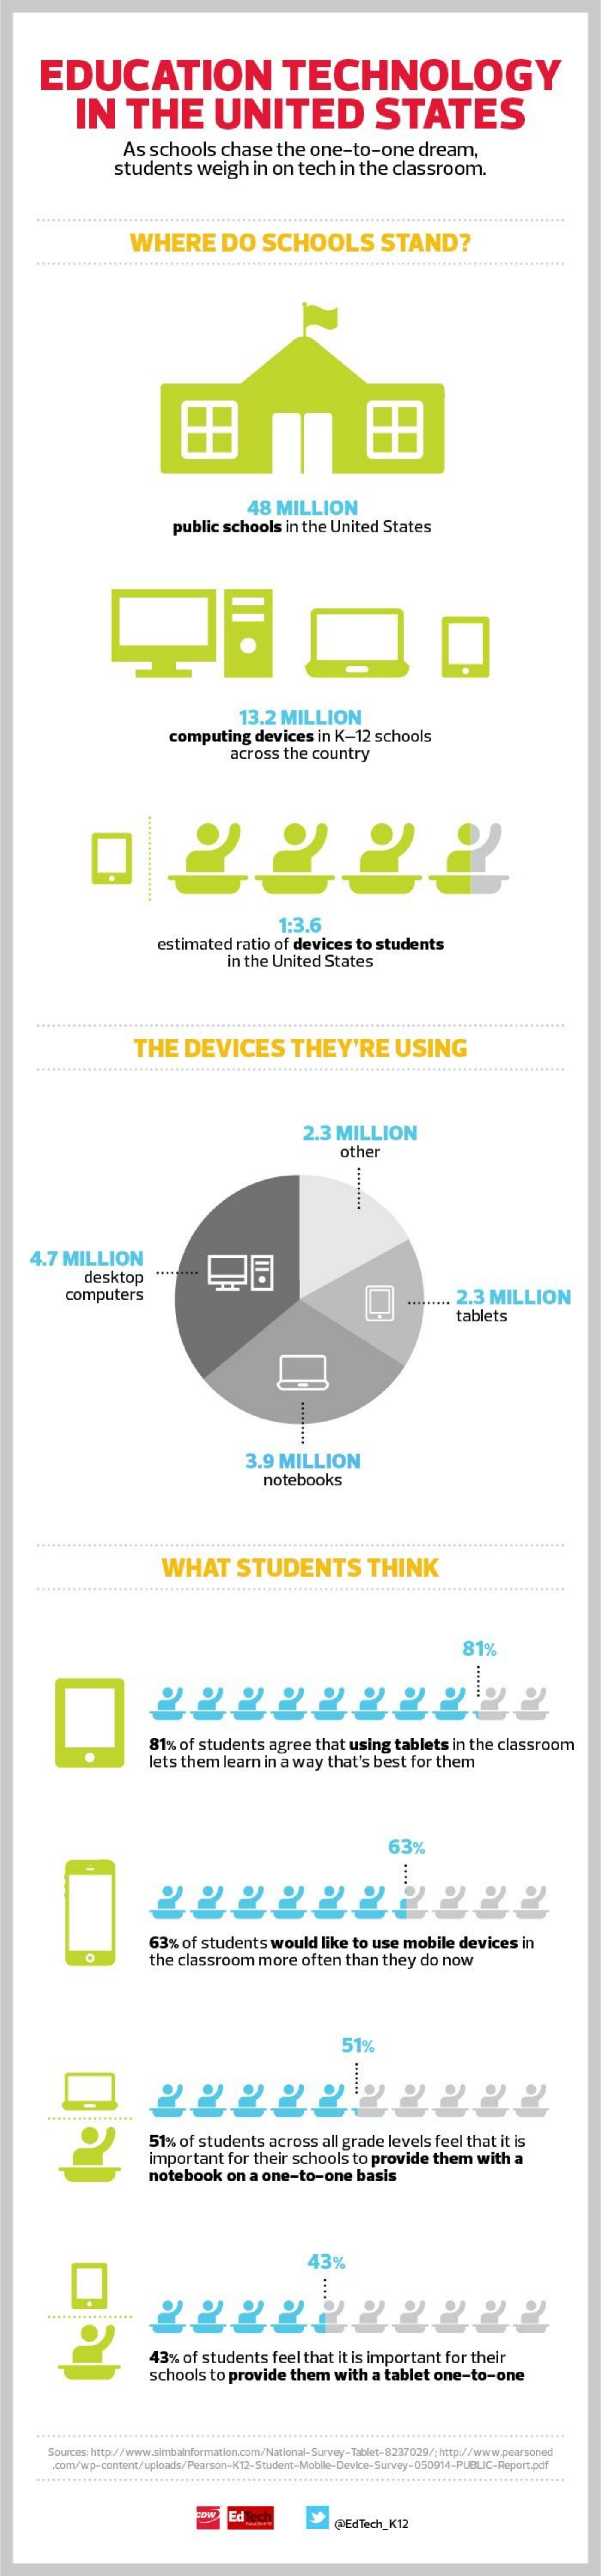
EDUCATION    TECHNOLOGY
     IN    THE    UNITED    STATES
     As   schools    chase    the   one-to-one    dream,
     students    weigh    in on   tech   in  the   classroom.
     WHERE    DO    SCHOOLS    STAND?
     田
     48  MILLION
     public  schools    in the  United   States
     13.2   MILLION
     computing    devices    in  K-12   schools
     across   the  country
     2222
     estimated    ratio  of devices    to  students
     1:3.6
     In the  United    States
     THE    DEVICES    THEY'RE    USING
     2.3   MILLION
     other
     4.7  MILLION
     desktop
     .........
     computers    2.3   MILLION
     tablets
     .........
     3.9  MILLION
     notebooks
     WHAT    STUDENTS    THINK
     81%
     81%  of  students    agree   that  using   tablets    in the  classroom
     lets them   learn   in a way   that's   best  for  them
     53%
     ......
     63%   of students    would    like  to use   mobile    devices    in
     the  classroom    more   often   than   they   do  now
     51%
     51%  of  students    across   all grade   levels   feel  that  it is
     important    for  their  schools    to provide    them    with   a
     notebook    on  a one-to-one    basis
     43%
     .....
     43%   of students    feel  that  it is important    for their
     schools    to provide    them    with   a tablet   one-to-one
     Sources: http://www.simbainformation.com/National-Survey-Tablet-8237029/;http://www.pearsoned
     .com/wp-content/uploads/Pearson-K12-Student-Moblie-Device-Survey-050914-PUBLIC-Report.pdf
     wow   Ed lech    @EdTech_K12